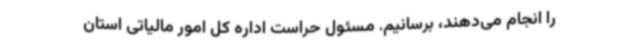
را انجام می‌دهند، برسانیم. مسئول حراست اداره کل امور مالیاتی استان